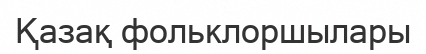
Қазақ фольклоршылары